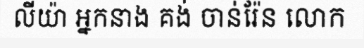
លីយ៉ា អ្នកនាង គង់ ចាន់រ៉ែន លោក